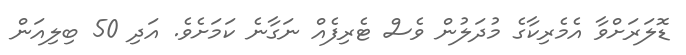
ޑޮލަރަށްވާ އެމެރިކާގެ މުދަލުން ވެސް ޓެރިފެއް ނަގާނެ ކަމަށެވެ. އަދި 50 ބިލިއަން